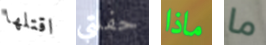
اقتلها حفلتي ماذا ما